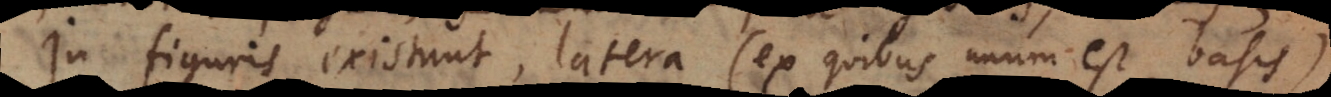
In figuris existunt, latera (ex quibus unum est basis),